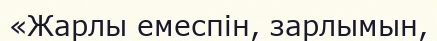
«Жарлы емеспін, зарлымын,